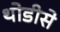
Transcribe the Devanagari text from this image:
थोडीसे